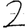
Digit: 2